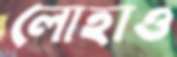
লোহাও